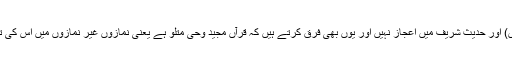
( یعنی ایسا کلام بنانے پر کوئی اور قادر نہیں) اور حدیث شریف میں اعجاز نہیں اور یوں بھی فرق کرتے ہیں کہ قرآں مجید وحی متلُو ہے یعنی نمازوں غیر نمازوں میں اس کی تلاوت ہوتی ہے اور حدیث وحی غیرمتلُو ہے۔